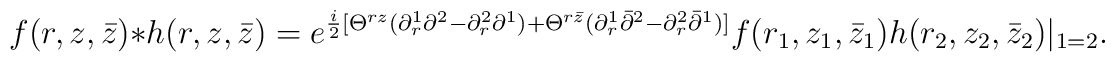
f(r,z,{\bar z})*h(r,z,{\bar z})=e^{{i\over2}[\Theta^{rz}(\partial_r^1\partial^2 - \partial_r^2\partial^1)+\Theta^{r{\bar z}}(\partial_r^1{\bar\partial}^2 - \partial_r^2{\bar\partial}^1)]}f(r_1,z_1,{\bar z}_1)h(r_2,z_2,{\bar z}_2)|_{1=2}.